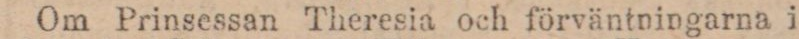
Om Prinsessan Theresia och förväntningarna i